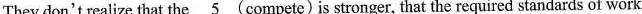
They don't realize that the \underline{5} (compete)is stronger, that the required standards of work